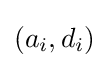
\left(a_{i},d_{i}\right)